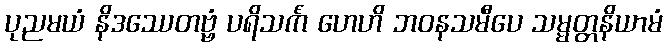
ပုညမယံ နိဒဿေတဗ္ဗံ ပရိသင်္ကံ ဟေဟိ ဘဝနသမီပေ သမ္မတ္တနိယာမံ